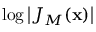
\log { \left| { J _ { M } ( \mathbf { x } ) } \right| }